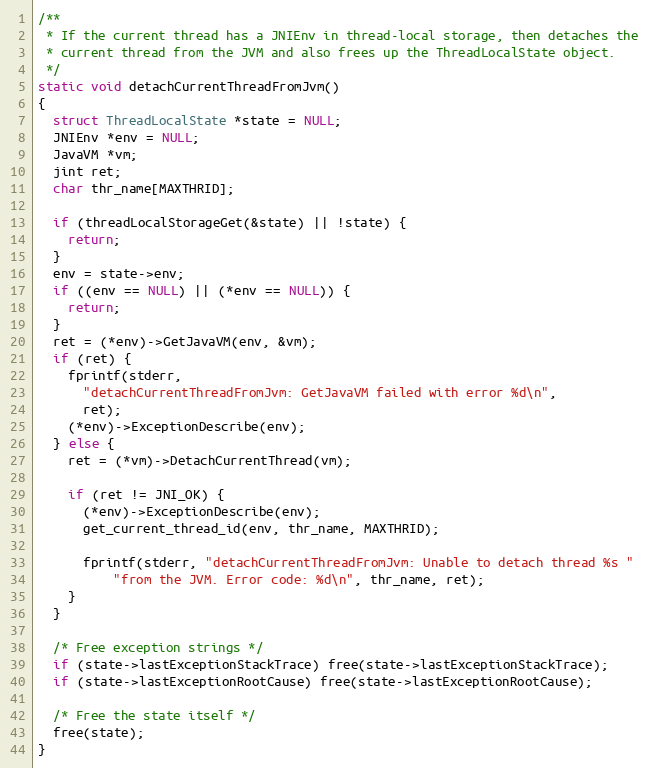
Language: C
/**
 * If the current thread has a JNIEnv in thread-local storage, then detaches the
 * current thread from the JVM and also frees up the ThreadLocalState object.
 */
static void detachCurrentThreadFromJvm()
{
  struct ThreadLocalState *state = NULL;
  JNIEnv *env = NULL;
  JavaVM *vm;
  jint ret;
  char thr_name[MAXTHRID];

  if (threadLocalStorageGet(&state) || !state) {
    return;
  }
  env = state->env;
  if ((env == NULL) || (*env == NULL)) {
    return;
  }
  ret = (*env)->GetJavaVM(env, &vm);
  if (ret) {
    fprintf(stderr,
      "detachCurrentThreadFromJvm: GetJavaVM failed with error %d\n",
      ret);
    (*env)->ExceptionDescribe(env);
  } else {
    ret = (*vm)->DetachCurrentThread(vm);

    if (ret != JNI_OK) {
      (*env)->ExceptionDescribe(env);
      get_current_thread_id(env, thr_name, MAXTHRID);

      fprintf(stderr, "detachCurrentThreadFromJvm: Unable to detach thread %s "
          "from the JVM. Error code: %d\n", thr_name, ret);
    }
  }

  /* Free exception strings */
  if (state->lastExceptionStackTrace) free(state->lastExceptionStackTrace);
  if (state->lastExceptionRootCause) free(state->lastExceptionRootCause);

  /* Free the state itself */
  free(state);
}